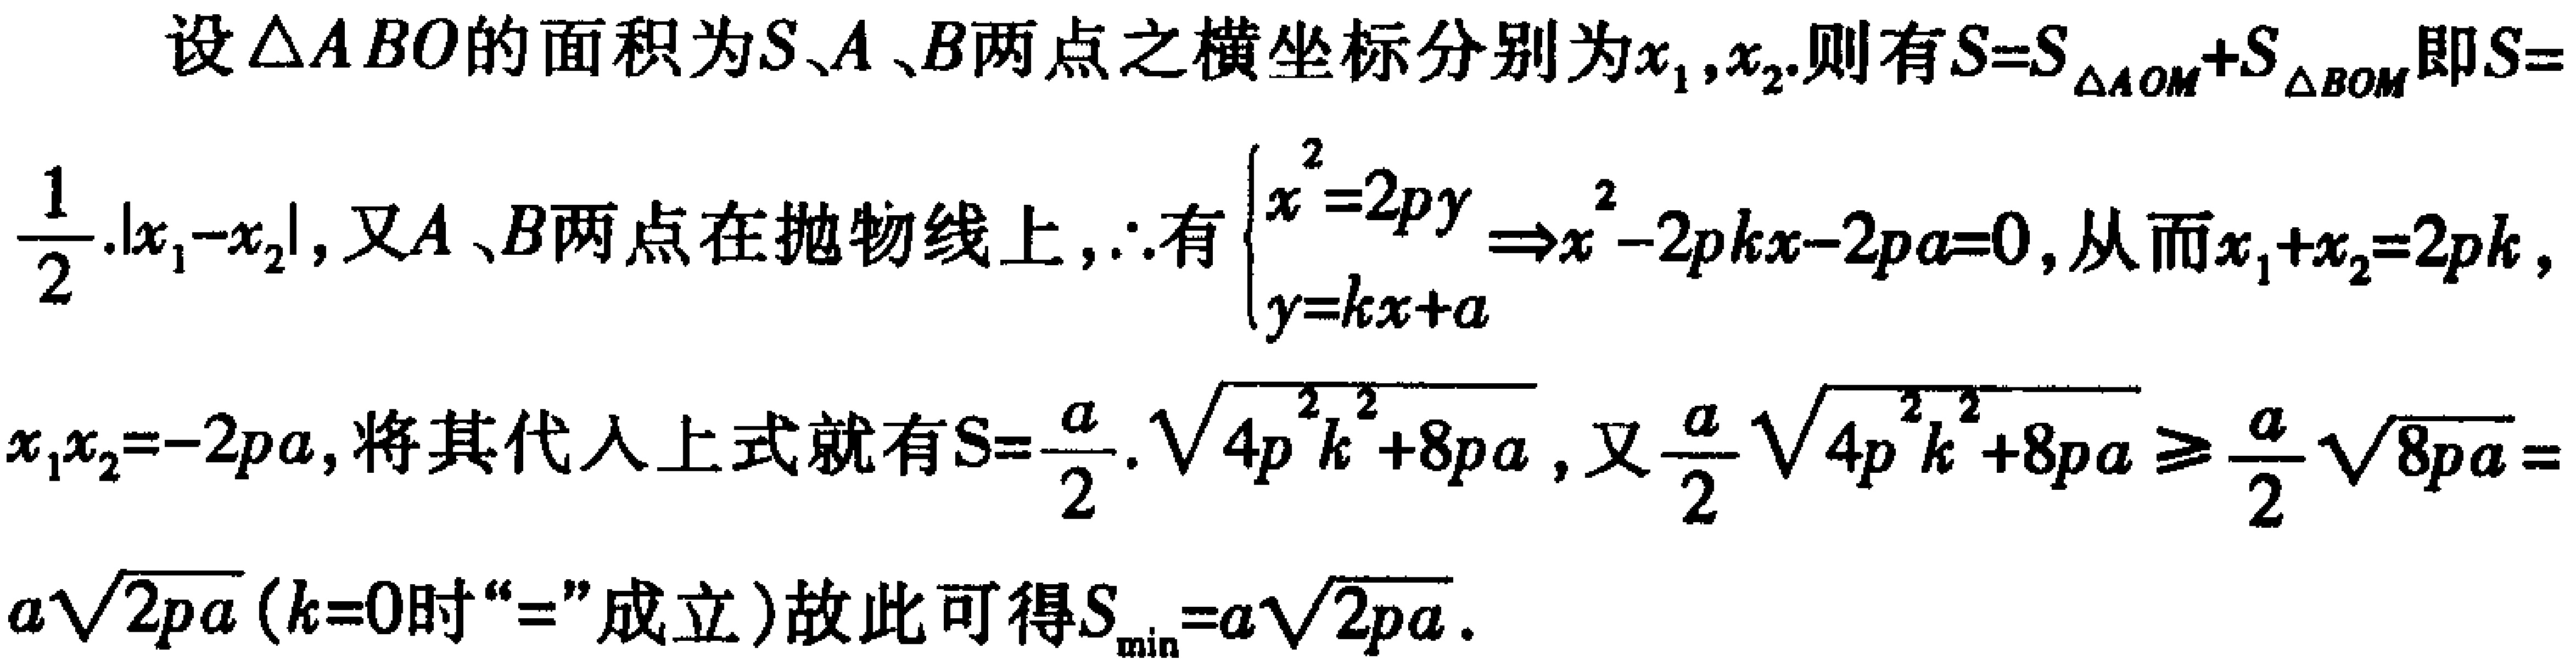
设\(\triangle ABO\)的面积为\(S\)、\(A\)、\(B\)两点之横坐标分别为\(x_1,x_2\).则有\(S = S_{\triangle AOM}+S_{\triangle BOM}\)即\(S = \frac{1}{2}\cdot|x_1 - x_2|\)，又\(A\)、\(B\)两点在抛物线上，\(\therefore\)有\(\begin{cases}x^{2}=2py\\y = kx + a\end{cases}\Rightarrow x^{2}-2pkx - 2pa = 0\)，从而\(x_1 + x_2 = 2pk\)，\(x_1x_2=-2pa\)，将其代入上式就有\(S=\frac{a}{2}\cdot\sqrt{4p^{2}k^{2}+8pa}\)，又\(\frac{a}{2}\sqrt{4p^{2}k^{2}+8pa}\geq\frac{a}{2}\sqrt{8pa}=a\sqrt{2pa}\) (\(k = 0\)时“\(=\)”成立)故此可得\(S_{\min}=a\sqrt{2pa}\).